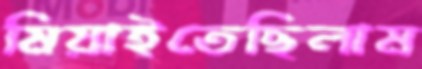
মিয়াইতেছিলাম